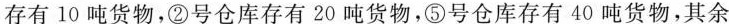
存有10吨货物，②号仓库存有20吨货物，⑤号仓库存有40吨货物，其余